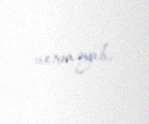
verməyib.